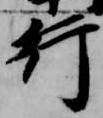
行